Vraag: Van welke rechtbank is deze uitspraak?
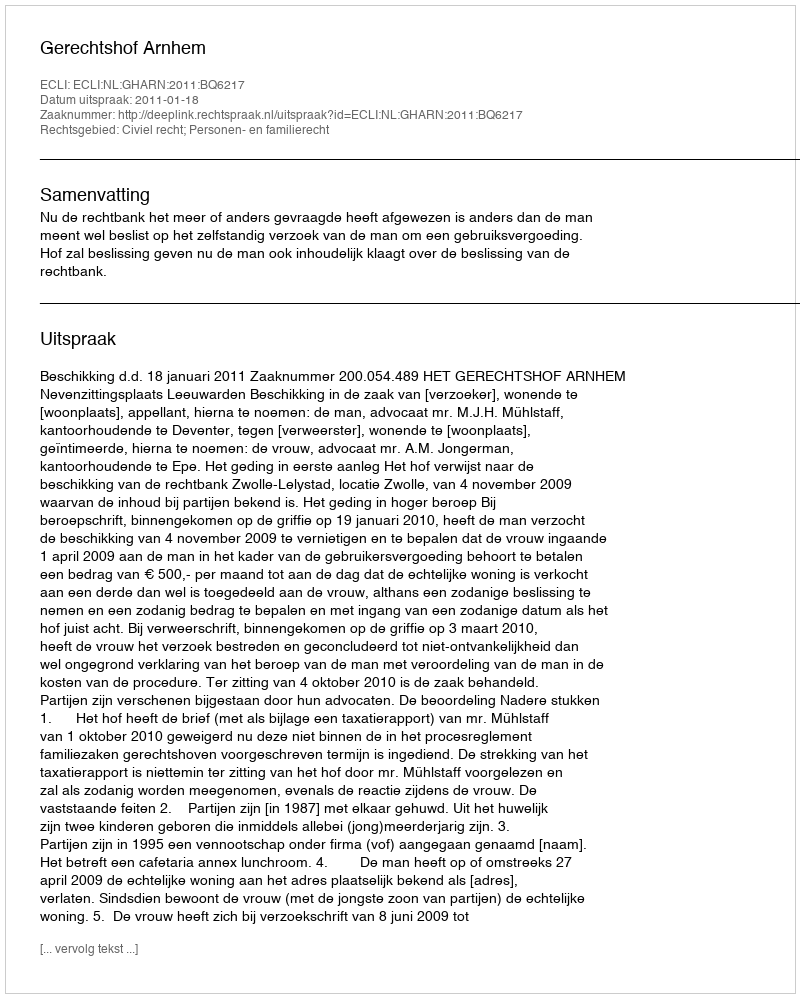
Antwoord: Gerechtshof Arnhem